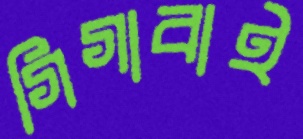
গিগাবাই